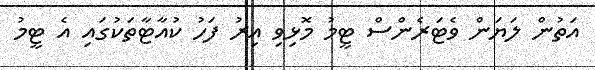
އަތުން ލަޔަން ވެޓަރެންސް ޓީމު މޮޅިވި އިރު ފަހު ކުއާޓާތަކުގައި އެ ޓީމު